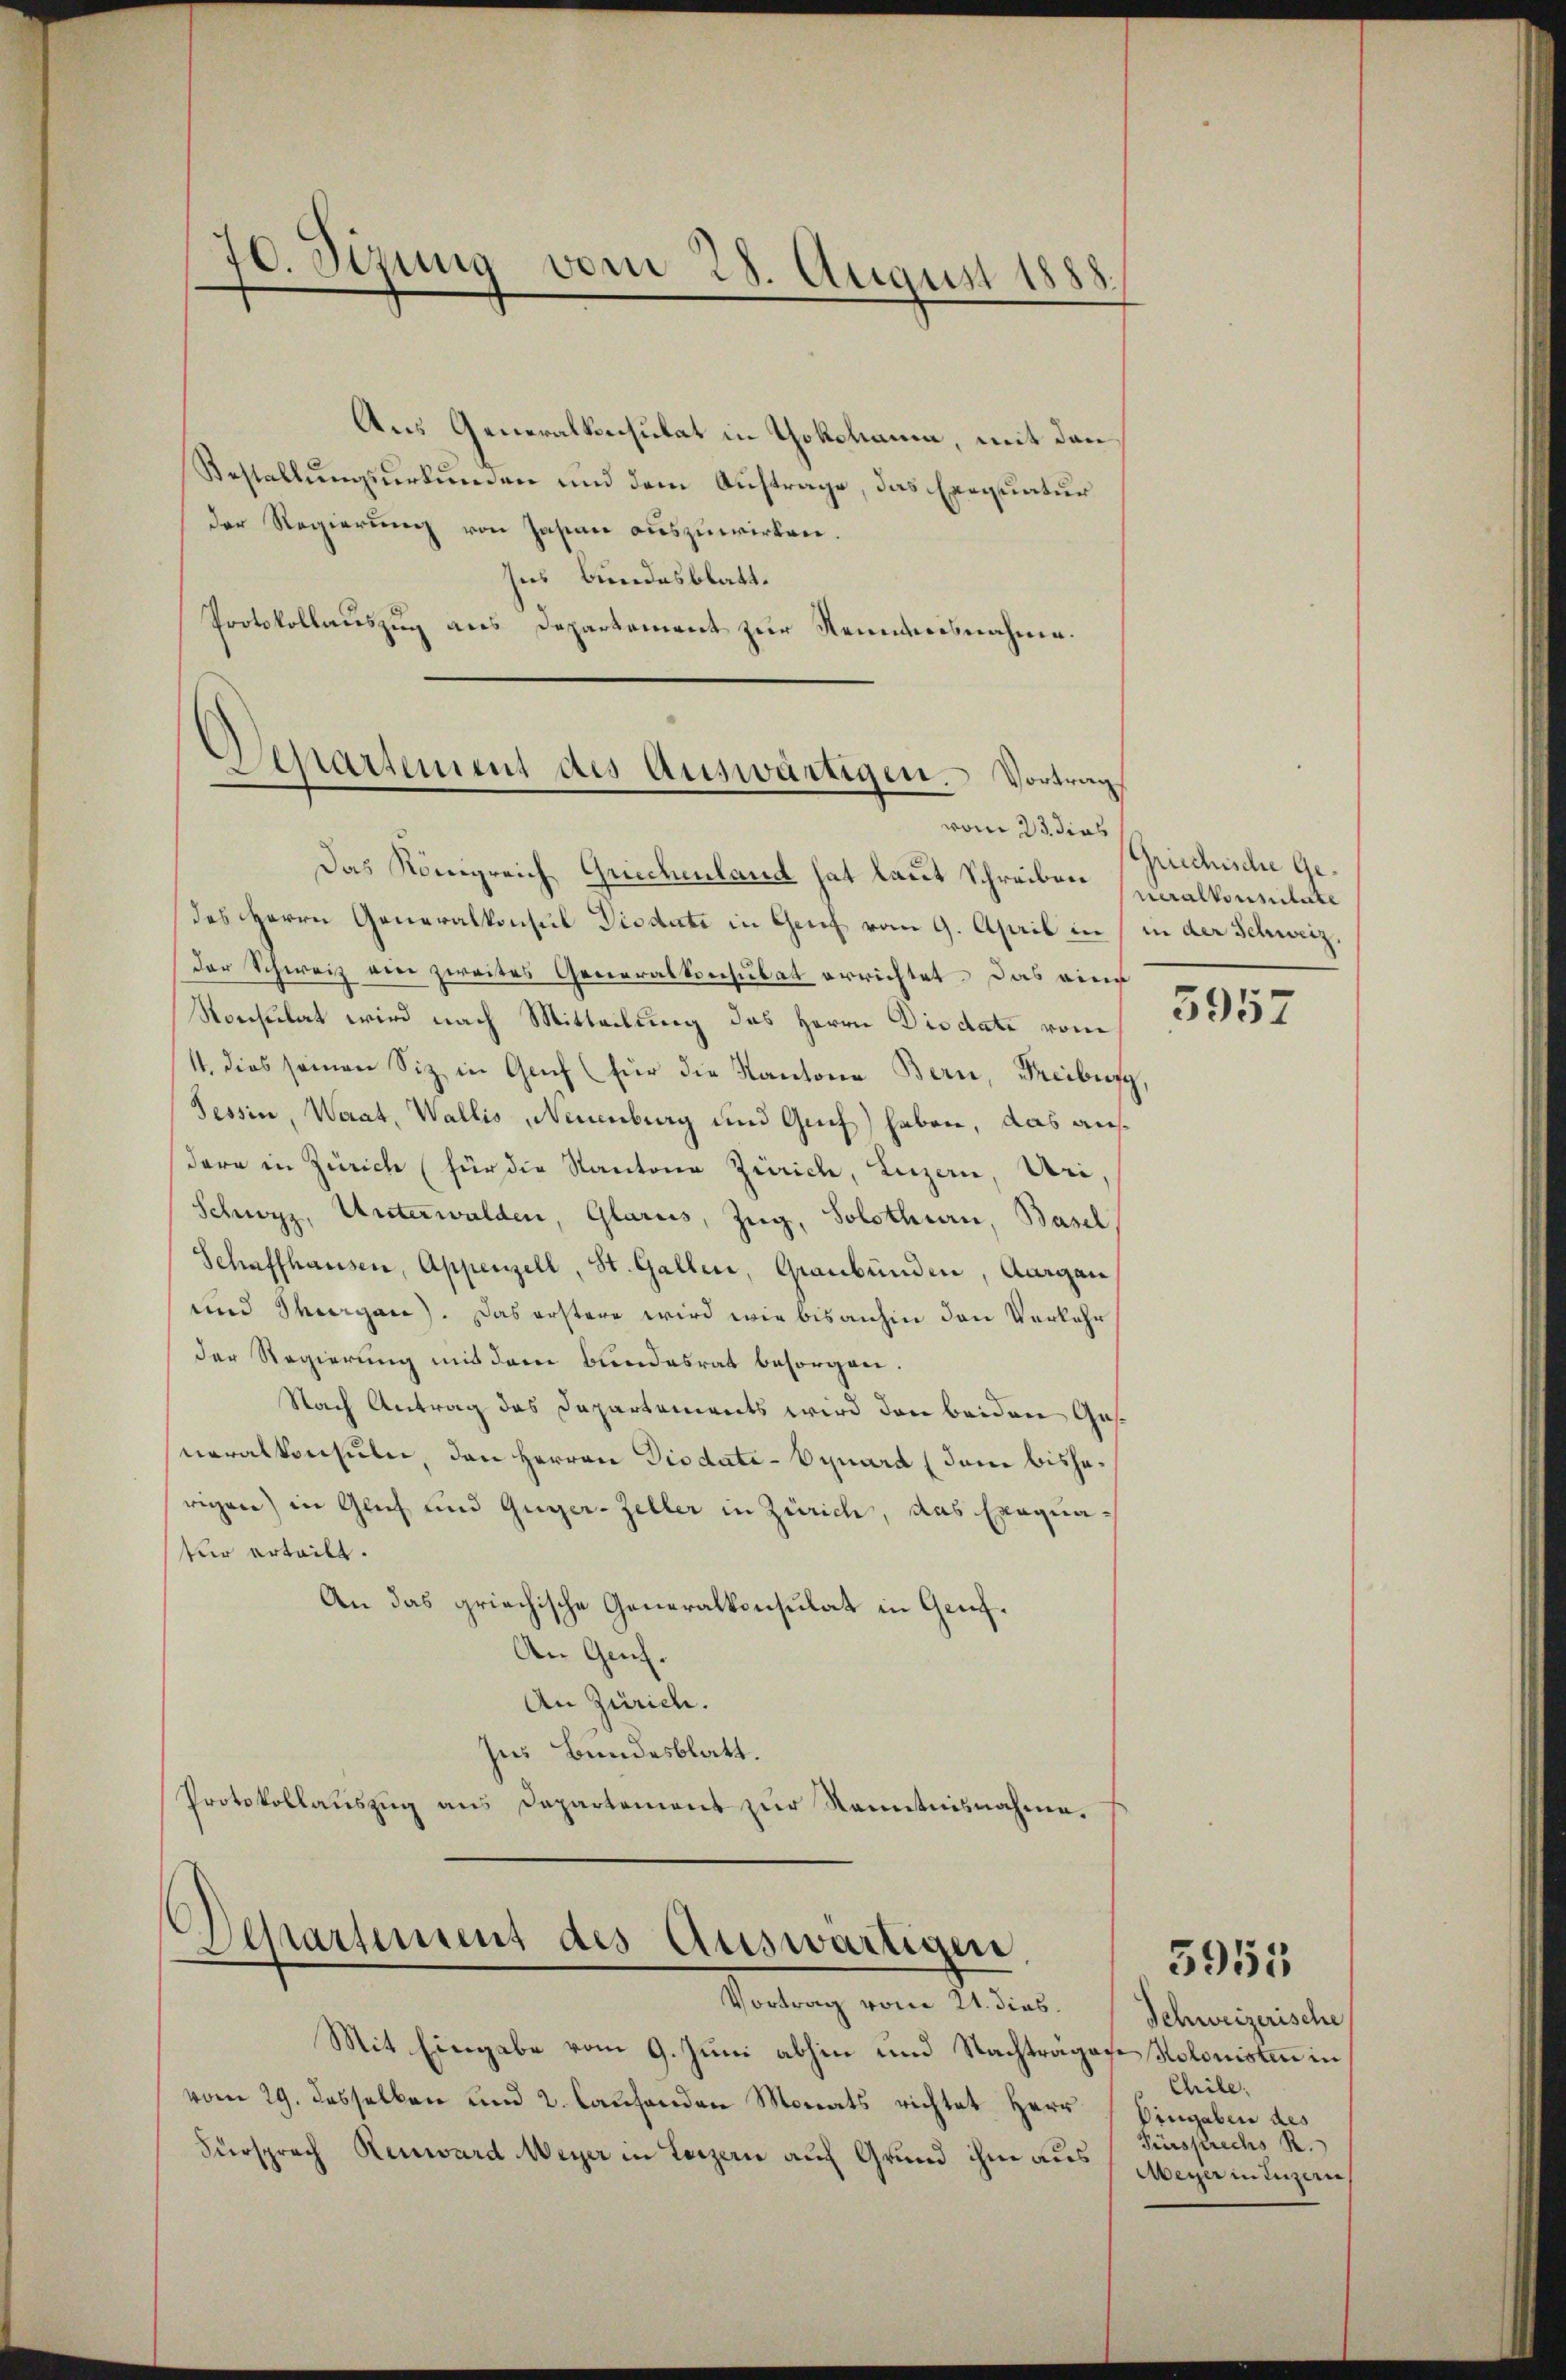
70. Sizung vom 28. August 1888

Aus Generalkonsulat in Yokohauen, mit den
Bestellungsurkunden und dem Auftrage, das Exequatur
der Regierung von Jasian auszuwirken.
Ins Bundesblatt.
Protokollauszug aus Departement zur Kenntnisnahme.

Separtement des Auswärtigen. Vortrag
vom 23. dies

Das Königreich Griechenland hat laut Schreiben (maalkonsulate
des Herrn Generalkonsul Distate in Genf vom 9. April in in der Schweiz.
Der Schweiz eine zweites Generalkonsulat errichtet. Das eine
Ronsulat wird nach Mitteilung des Herrn Diodate vom
11. dies seinen Siz in Genf (für die Kantone Bern, Freiburg,
Tessin, Waat, Wallis, Neuenburg und Guif) haben, das auf
dern in Zürich (für die Kantone Zürich, Luzern, Uri
Schwyz, Unterwalden, Glarus, Zug, Solothurn, Basel
Schaffhausen, Appenzell, St. Gallen, Graubünden, Aargau
und Thurgau). Das erstere wird wie bisanhin den Verkehr
der Regierung mit dem Bundesrat besorgen,
Nach Antrag das Departements wird den beiden Gesneralkonsuln, den Herren Diodate-Equard (dem bisherigen) in Glich und Guger-Zeller in Zürich, das Exequa-
für erteilt.
An das griechische Generalkonsulat in Genf¬
An Genf.
An Zürich.
Ins Bundesblatt.
Protokollauszug aus Departement zur Kenntnisnahme.

s
Separtement des Auswärtigen,

Vortrag vom 21. dies.
Mit Eingabe vom 9. Juni abhin und Nachträgen Kolonisten in
vom 29. desselben und 2. Laufenden Monats richtet Herr
Fürsprach Renward Meyer in Luzern auf Grund ihm aus

Griechische Ge¬

5957

Schweizerische
Chile,
Eingaben des
Fürsprechs R.
Meyer in Luzern,

5955